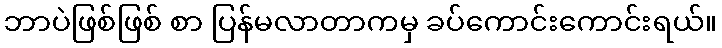
ဘာပဲဖြစ်ဖြစ် စာ ပြန်မလာတာကမှ ခပ်ကောင်းကောင်းရယ်။